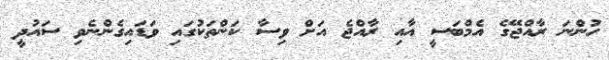
ހުންނަ ރާއްޖޭގެ އެމްބަސީ އާއި ރާއްޖެ އަށް ވިސާ ކަންތަކުގައި ވަޑައިގެންނެވި ސައުދީ